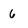
Character: 6